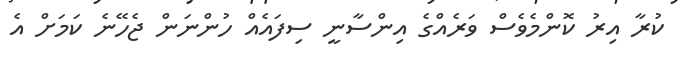
ކުރާ އިރު ކޮންމެވެސް ވަރެއްގެ އިންސާނީ ސިފައެއް ހުންނަން ޖެހޭނެ ކަމަށް އެ